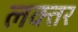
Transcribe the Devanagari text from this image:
लक्तर